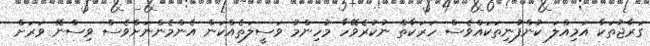
ގަރާޖުތަކާ އަމިއްލަ ކުންފުނިތަކައްވެސް ހަރަކާތް ނުކުރެވޭހާ މުހިންމު ވަސީލަތެއްކަން އެންމެންނަށްވެސް ވިސްނޭ ވަރަށް